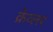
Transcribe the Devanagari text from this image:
क्रेव्लर